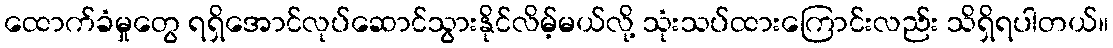
ထောက်ခံမှုတွေ ရရှိအောင်လုပ်ဆောင်သွားနိုင်လိမ့်မယ်လို့ သုံးသပ်ထားကြောင်းလည်း သိရှိရပါတယ်။